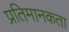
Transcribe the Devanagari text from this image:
प्रतिमानकता